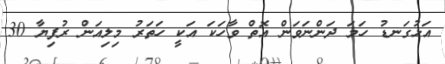
އަޅުގަނޑު ހަމަ ދަންނަވަން އޮތް ވާހަކަ އަކީ ހަތަރު މިލިއަން ރުފިޔާ 30